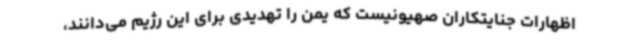
اظهارات جنایتکاران صهیونیست که یمن را تهدیدی برای این رژیم می‌دانند،